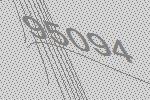
95094